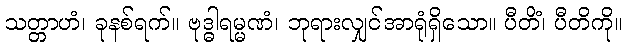
သတ္တာဟံ၊ ခုနစ်ရက်။ ဗုဒ္ဓါရမ္မဏံ၊ ဘုရားလျှင်အာရုံရှိသော။ ပီတိံ၊ ပီတိကို။